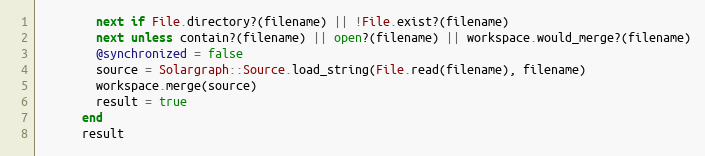
Language: Ruby
        next if File.directory?(filename) || !File.exist?(filename)
        next unless contain?(filename) || open?(filename) || workspace.would_merge?(filename)
        @synchronized = false
        source = Solargraph::Source.load_string(File.read(filename), filename)
        workspace.merge(source)
        result = true
      end
      result